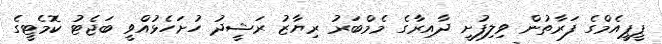
ޕީޕީއެމްގެ ފަރާތުން ވިލިފުށީ ދާއިރާގެ މެމްބަރު ރިޔާޒު ރަޝީދު ހުށަހެޅުއްވީ ބަޖެޓު ކޮމެޓީގެ